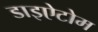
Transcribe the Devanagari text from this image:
डाइऐटोम